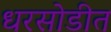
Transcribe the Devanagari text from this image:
धरसोडीत